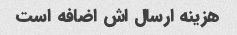
هزینه ارسال اش اضافه است